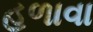
હળાવા